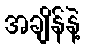
အချိန်နဲ့